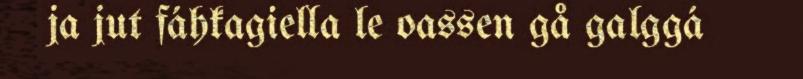
ja jut fáhkagiella le oassen gå galggá